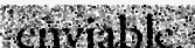
enviable